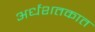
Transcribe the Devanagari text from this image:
अर्धशतकात